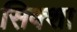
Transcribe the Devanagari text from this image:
सिक्शा